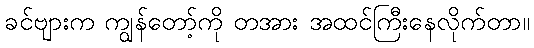
ခင်ဗျားက ကျွန်တော့်ကို တအား အထင်ကြီးနေလိုက်တာ။